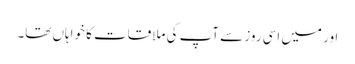
اور میں اسی روز سے آپ کی ملاقات کا خواہاں تھا۔